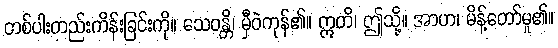
တစ်ပါးတည်းကိန်းခြင်းကို။ သေဝန္တိ၊ မှီဝဲကုန်၏။ ဣတိ၊ ဤသို့။ အာဟ၊ မိန့်တော်မူ၏။